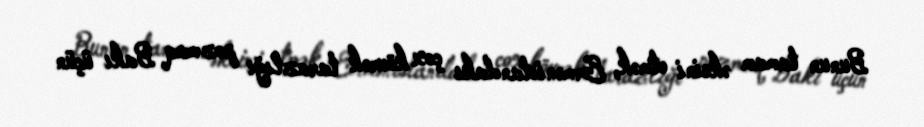
Bunun tamam əksini etmək, Ermənistandakı çox kövrək tarazlığı pozmaq Bakı üçün